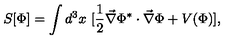
S [ \Phi ] = \int d ^ { 3 } x \ [ \frac { 1 } { 2 } \vec { \nabla } \Phi ^ { * } \cdot \vec { \nabla } \Phi + V ( \Phi ) ] ,